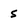
Character: s